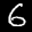
Label: 6